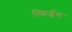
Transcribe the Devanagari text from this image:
स्किईंग